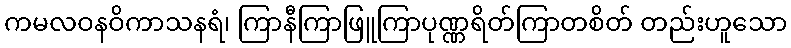
ကမလဝနဝိကာသနရံ၊ ကြာနီကြာဖြူကြာပုဏ္ဏရိတ်ကြာတစိတ် တည်းဟူသော